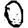
Digit: 0